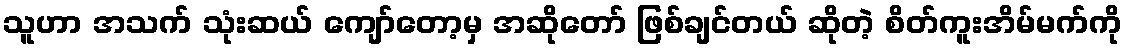
သူဟာ အသက် သုံးဆယ် ကျော်တော့မှ အဆိုတော် ဖြစ်ချင်တယ် ဆိုတဲ့ စိတ်ကူးအိမ်မက်ကို